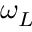
\omega _ { L }